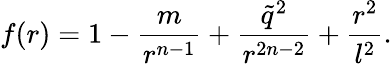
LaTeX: f(r)=1-\frac{m}{r^{n-1}}+\frac{\tilde{q}^{2}}{r^{2n-2}}+\frac{r^{2}}{l^{2}}.